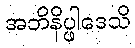
အဘိနိပ္ဖါဒေသိ